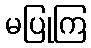
မပြုကြ